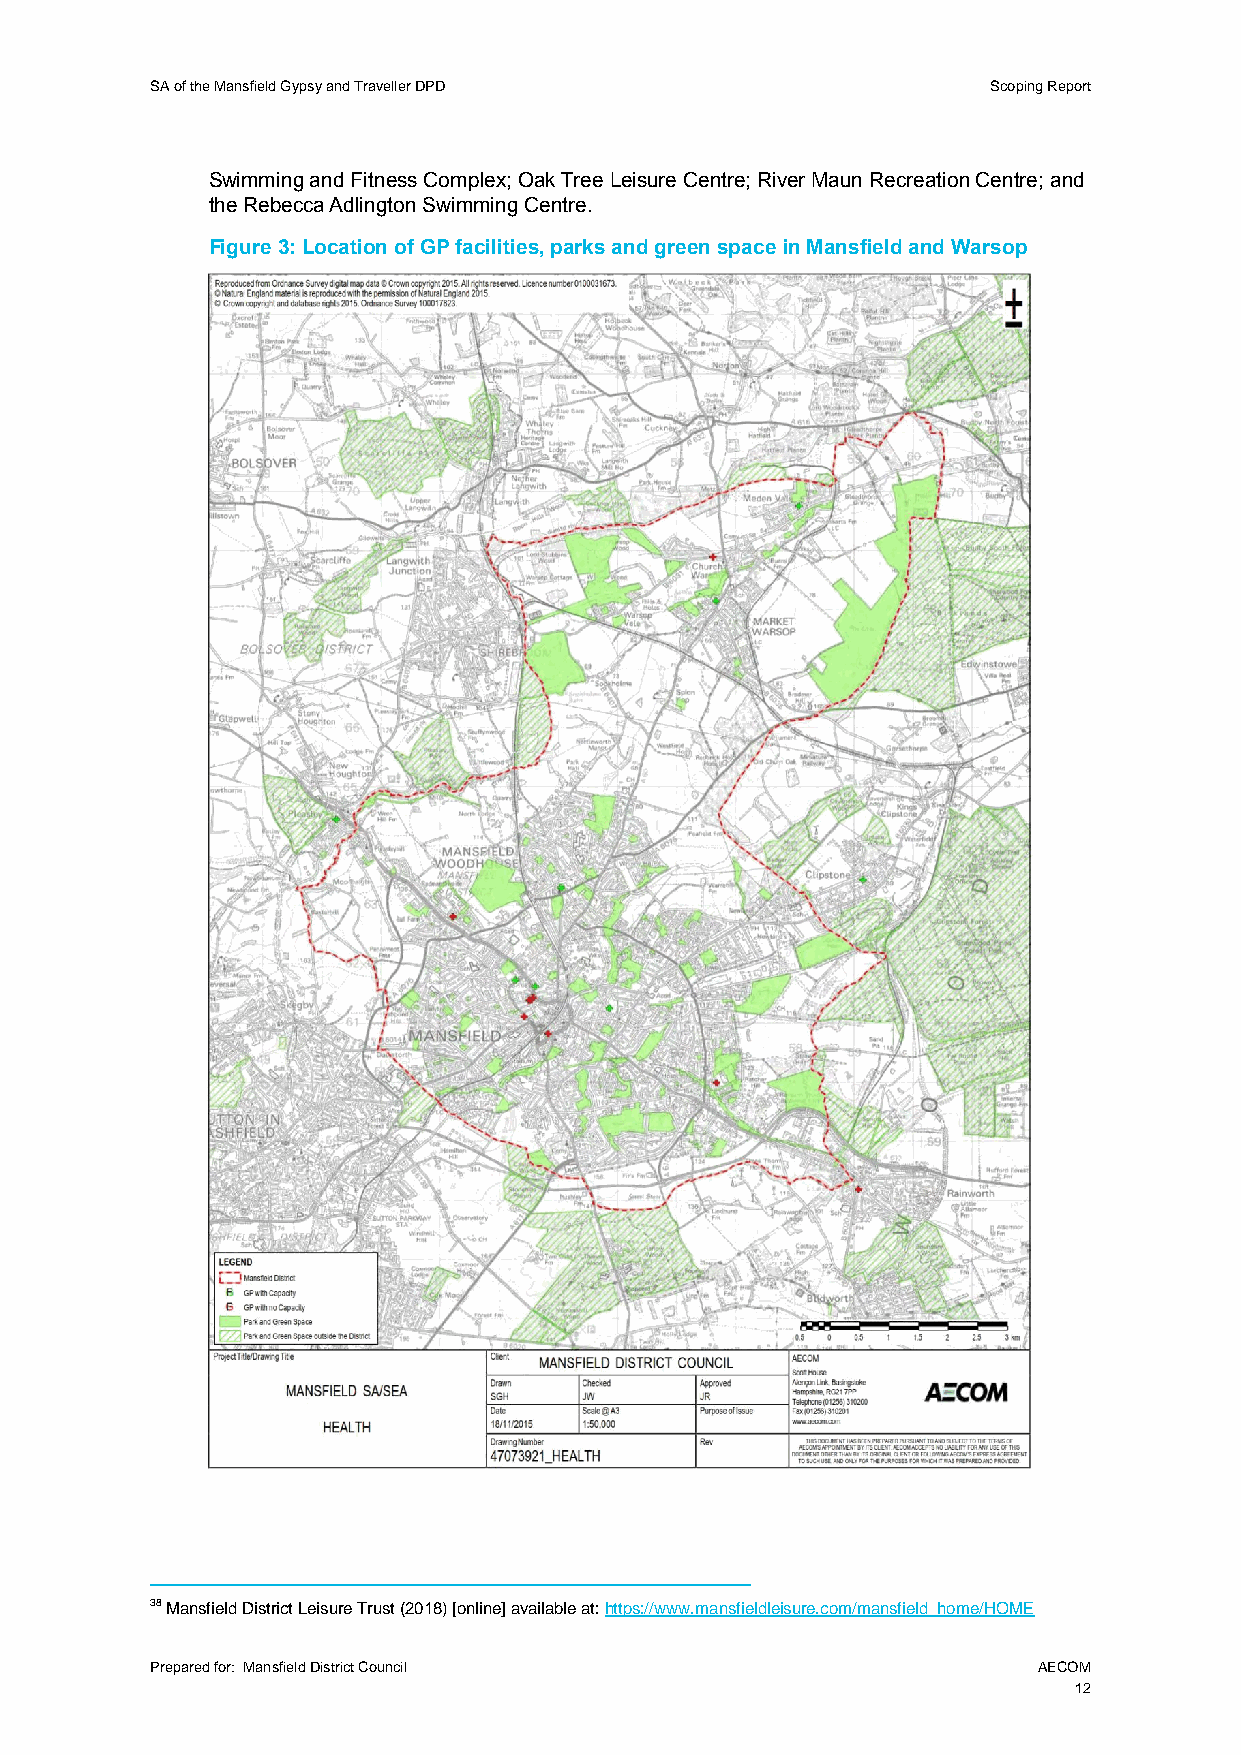
SA of the Mansfield Gypsy and Traveller DPD             Scoping Report
 Swimming and Fitness Complex; Oak Tree Leisure Centre; River Maun Recreation Centre; and
 the Rebecca Adlington Swimming Centre.
 Figure 3: Location of GP facilities, parks and green space in Mansfield and Warsop
 38 Mansfield District Leisure Trust (2018) [online] available at: https://www.mansfieldleisure.com/mansfield_home/HOME
 Prepared for: Mansfield District Council                   AECOM
 12